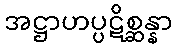
အဋ္ဌာဟပ္ပဋိစ္ဆန္နာ